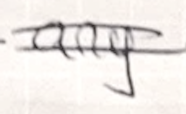
Text: any
Cross-out: double-line
Writing tool: ballpoint